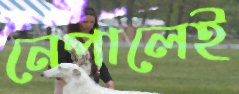
নেপালেই